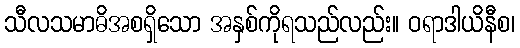
သီလသမာဓိအစရှိသော အနှစ်ကိုရသည်လည်း။ ဝရာဒါယိနီစ၊